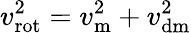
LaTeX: v_{\mathrm{rot}}^{2}=v_{\mathrm{m}}^{2}+v_{\mathrm{dm}}^{2}